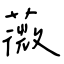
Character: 薇